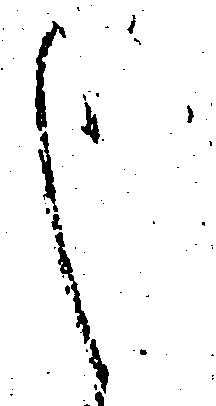
し